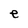
Character: e